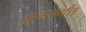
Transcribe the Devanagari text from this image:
ध्रुवापर्यंत